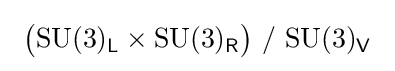
~{\bigl (}\mathrm {SU} (3)_{\mathsf {L}}\times \mathrm {SU} (3)_{\mathsf {R}}{\bigr )}\ /\ \mathrm {SU} (3)_{\mathsf {V}}~